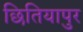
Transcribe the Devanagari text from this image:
छितियापुर